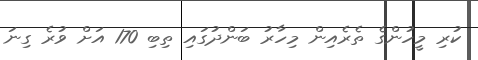
ކުރި މީހުންގެ ތެރެއިން މިހާރު ބަންދުގައި ތިބި 170 އަށް ވުރެ ގިނަ